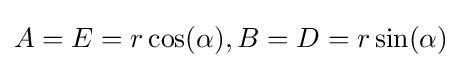
A=E=r\cos(\alpha ),B=D=r\sin(\alpha )